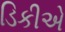
ડિકીએ